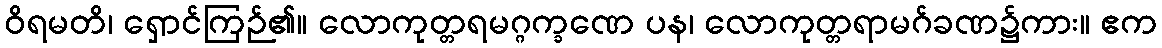
ဝိရမတိ၊ ရှောင်ကြဉ်၏။ လောကုတ္တရမဂ္ဂက္ခဏေ ပန၊ လောကုတ္တရာမဂ်ခဏ၌ကား။ ဧက